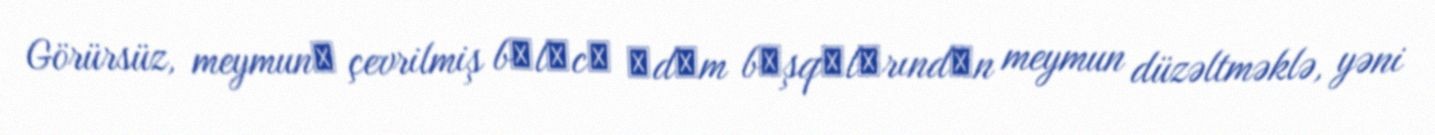
Görürsüz, meymunа çevrilmiş bаlаcа аdаm bаşqаlаrındаn meymun düzəltməklə, yəni